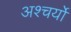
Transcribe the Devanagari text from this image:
अश्चर्यों